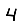
Digit: 4